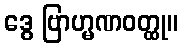
ဒွေ ဗြာဟ္မဏဝတ္ထု။